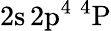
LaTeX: \mathrm{2s\, 2p^{4}~^{4}P}